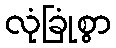
လုံခြုံစွာ